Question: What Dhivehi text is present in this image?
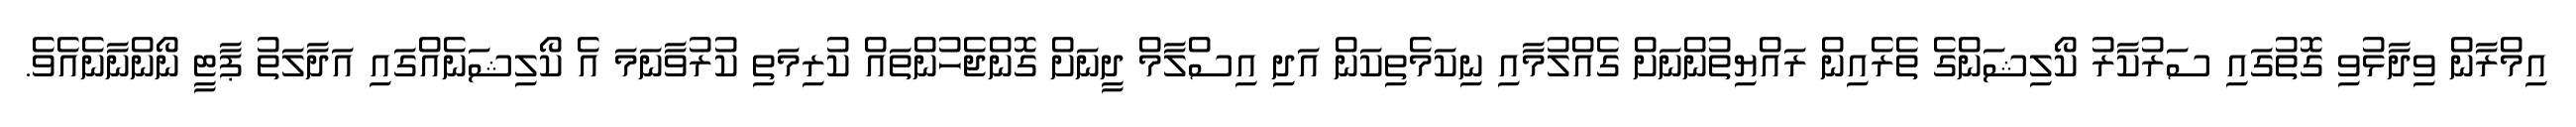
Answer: އިމްރާން ވިދާޅުވި ގޮތުގައި ސަރުކާރު ކޯލިޝަންގެ ތެރެއިން ރައްޔިތުންނަށް ގެއްލުމާއި ނިކަމެތިކަން އަދި އިސްލާމް ދީނަށް ގޮންޖެހުންތައް ކުރިމަތި ކުރުވާނަމަ އެ ކޯލިޝަނެއްގައި އަދާލަތު ޕާޓީ ނޯންނާނެއެވެ.